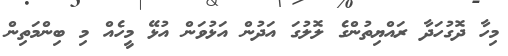
މިހާ ދޮގުހަދާ ރައްޔިތުންގެ ލޮލުގަ އަދުން އަޅުވަން އުޅޭ މީހެއް މި ބިންމަތިން